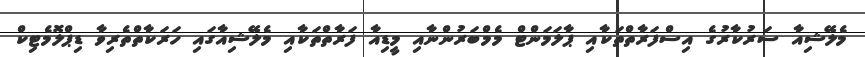
މެލޭޝިއާ ސަރުކާރުގެ އިސްފަރާތްތަކާއި ޕާލަމަންޓް މެމްބަރުންނާއި މީޑިއާ ފަރާތްތަކާއި މެލޭޝިއާގައި ހަރަކާތްތެރިވާ ޑިޕްލޮމެޓިކް